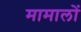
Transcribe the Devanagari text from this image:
मामालों